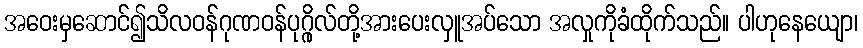
အဝေးမှဆောင်၍သိလဝန်ဂုဏဝန်ပုဂ္ဂိုလ်တို့အားပေးလှူအပ်သော အလှုကိုခံထိုက်သည်။ ပါဟုနေယျော၊